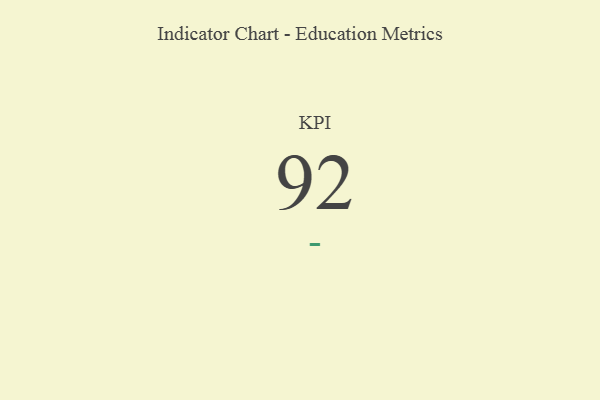
{"axis": {"x": "KPI", "y": "Value"}, "legend": [""], "data": [{"x": "KPI", "y": 92, "type": ""}]}